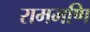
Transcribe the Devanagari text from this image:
राममणि